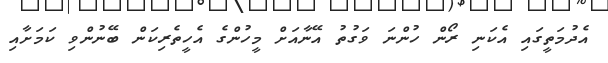
އެދުމަތީގައި އެކަނި ރޯން ހުންނަ ވަގުތު އޭނާއަށް މީހުންގެ އެހީތެރިކަން ބޭނުންވި ކަމަށާއި